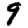
Digit: 9